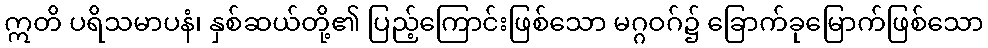
ဣတိ ပရိသမာပနံ၊ နှစ်ဆယ်တို့၏ ပြည့်ကြောင်းဖြစ်သော မဂ္ဂဝဂ်၌ ခြောက်ခုမြောက်ဖြစ်သော